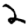
Digit: 2